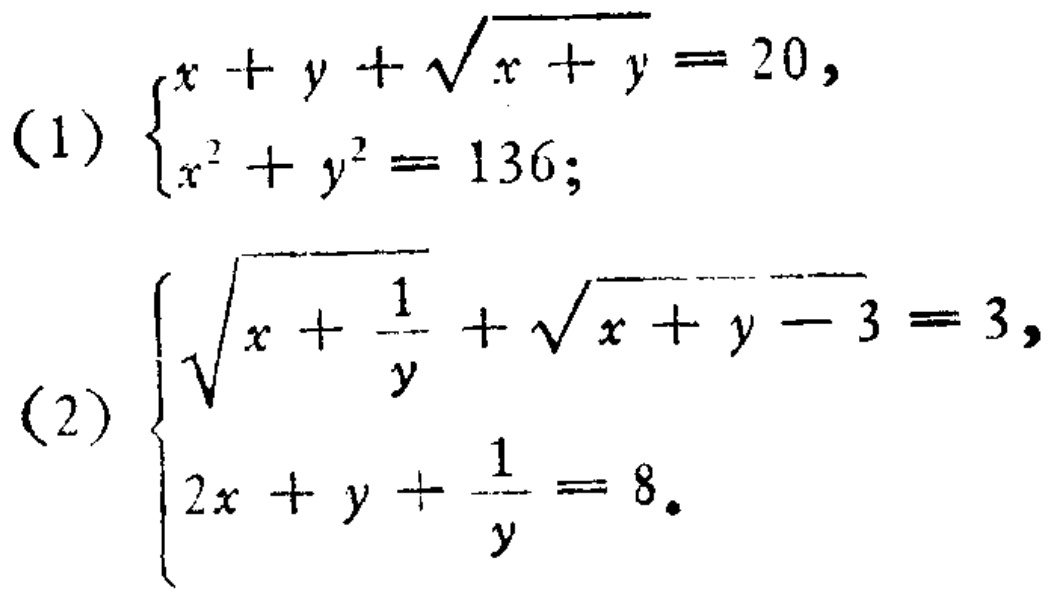
(1) \(\begin{cases}x + y+\sqrt{x + y}=20,\\x^{2}+y^{2}=136;\end{cases}\)
(2) \(\begin{cases}\sqrt{x+\frac{1}{y}}+\sqrt{x + y - 3}=3,\\2x + y+\frac{1}{y}=8.\end{cases}\)